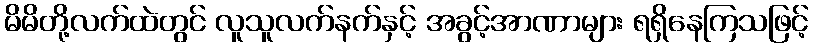
မိမိတို့လက်ထဲတွင် လူသူလက်နက်နှင့် အခွင့်အာဏာများ ရရှိနေကြသဖြင့်